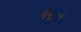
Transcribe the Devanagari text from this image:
भेराचे